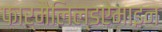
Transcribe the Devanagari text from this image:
फार्मैलिल्डऐमाइन